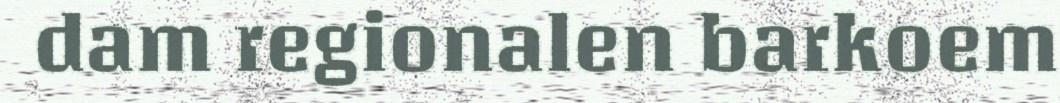
dam regionalen barkoem